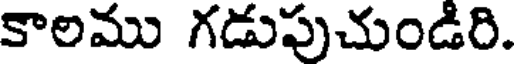
కాలము గడుపుచుండిరి.